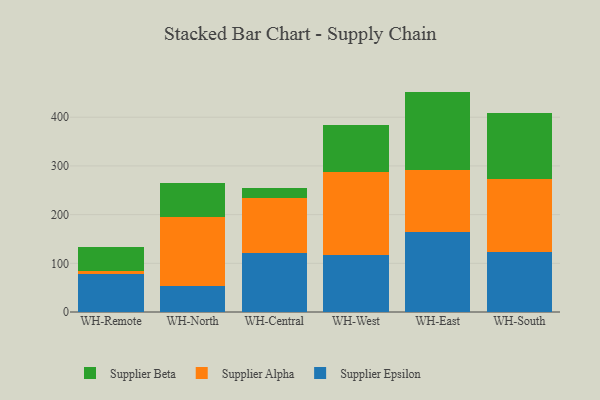
{"axis": {"x": "Warehouse", "y": "Market Share (%)"}, "legend": ["Supplier Alpha", "Supplier Beta", "Supplier Epsilon"], "data": [{"x": "WH-Remote", "y": 77.3, "type": "Supplier Epsilon"}, {"x": "WH-Remote", "y": 6.0, "type": "Supplier Alpha"}, {"x": "WH-Remote", "y": 50.2, "type": "Supplier Beta"}, {"x": "WH-North", "y": 53.3, "type": "Supplier Epsilon"}, {"x": "WH-North", "y": 141.5, "type": "Supplier Alpha"}, {"x": "WH-North", "y": 70.2, "type": "Supplier Beta"}, {"x": "WH-Central", "y": 121.9, "type": "Supplier Epsilon"}, {"x": "WH-Central", "y": 112.9, "type": "Supplier Alpha"}, {"x": "WH-Central", "y": 19.8, "type": "Supplier Beta"}, {"x": "WH-West", "y": 116.8, "type": "Supplier Epsilon"}, {"x": "WH-West", "y": 171.6, "type": "Supplier Alpha"}, {"x": "WH-West", "y": 95.4, "type": "Supplier Beta"}, {"x": "WH-East", "y": 164.9, "type": "Supplier Epsilon"}, {"x": "WH-East", "y": 125.7, "type": "Supplier Alpha"}, {"x": "WH-East", "y": 162.0, "type": "Supplier Beta"}, {"x": "WH-South", "y": 123.6, "type": "Supplier Epsilon"}, {"x": "WH-South", "y": 148.9, "type": "Supplier Alpha"}, {"x": "WH-South", "y": 136.7, "type": "Supplier Beta"}]}